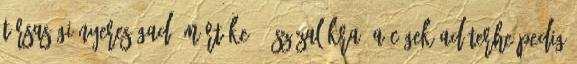
társasági nyereségadó mértéke 15 százalékra, a cégek adóterhe pedig